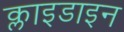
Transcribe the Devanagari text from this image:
क्लाइडाइन